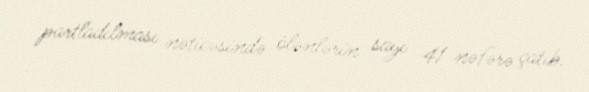
partladılması nəticəsində ölənlərin sayı 41 nəfərə çatıb.